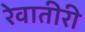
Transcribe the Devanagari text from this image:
रेवातीरी